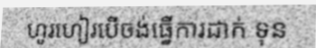
ហូរហៀរបើចង់ធ្វើការដាក់ ទុន